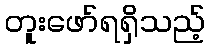
တူးဖော်ရရှိသည့်